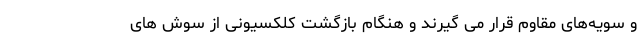
و سویه‌های مقاوم قرار می گیرند و هنگام بازگشت کلکسیونی از سوش های